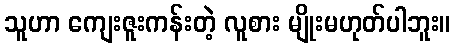
သူဟာ ကျေးဇူးကန်းတဲ့ လူစား မျိုးမဟုတ်ပါဘူး။